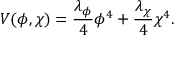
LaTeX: V ( \phi , \chi ) = { \frac { \lambda _ { \phi } } { 4 } } \phi ^ { 4 } + { \frac { \lambda _ { \chi } } { 4 } } \chi ^ { 4 } .